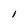
Character: I